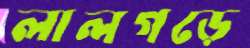
লালগড়ে